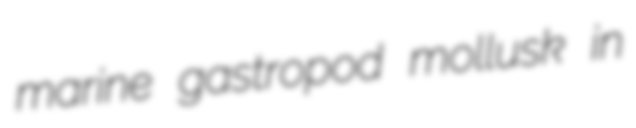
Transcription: marine gastropod mollusk in